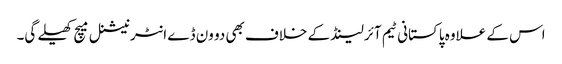
اس کے علاوہ پاکستانی ٹیم آئرلینڈ کے خلاف بھی دو ون ڈے انٹرنیشنل میچ کھیلے گی۔